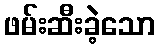
ဖမ်းဆီးခဲ့သော